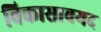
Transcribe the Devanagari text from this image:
विकासावयद